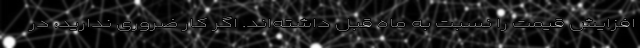
افزایش قیمت را نسبت به ماه قبل داشته‌اند. اگر کار ضروری ندارید، در